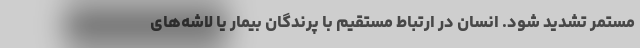
مستمر تشدید شود. انسان در ارتباط مستقیم با پرندگان بیمار یا لاشه‌های